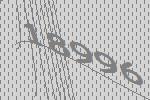
18996